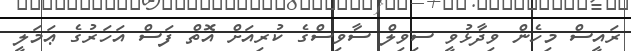
ރައީސް މިހެން ވިދާޅުވީ ސިވިލް ސާވިސްގެ ކުރިއަށް އޮތް ފަސް އަހަރުގެ ޢަމަލީ